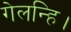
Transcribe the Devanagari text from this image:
गेलन्हि।